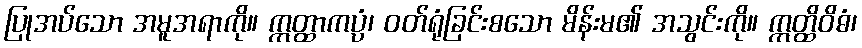
ပြုအပ်သော အမူအရာကို။ ဣတ္ထာကပ္ပံ၊ ဝတ်ရုံခြင်းစသော မိန်းမ၏ အသွင်းကို။ ဣတ္ထိဝိဓံ၊